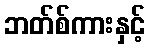
ဘတ်စ်ကားနှင့်